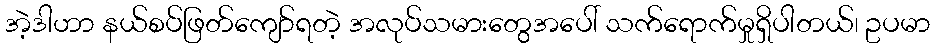
အဲ့ဒါဟာ နယ်စပ်ဖြတ်ကျော်ရတဲ့ အလုပ်သမားတွေအပေါ် သက်ရောက်မှုရှိပါတယ်၊ ဥပမာ